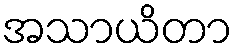
အသာယိတာ